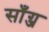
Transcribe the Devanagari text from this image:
साँग्ज